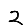
Digit: 2